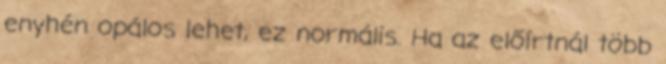
enyhén opálos lehet, ez normális. Ha az előírtnál több